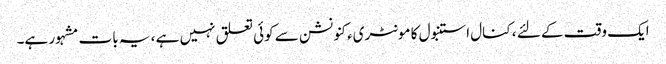
ایک وقت کے لئے ، کنال استنبول کا مونٹریء کنونشن سے کوئی تعلق نہیں ہے ، یہ بات مشہور ہے۔